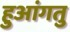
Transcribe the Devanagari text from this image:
हुआंगतु